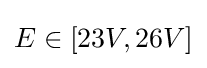
E\in [23V,26V]